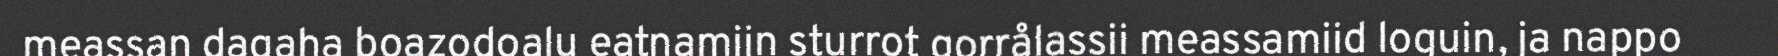
meassan dagaha boazodoalu eatnamiin sturrot gorrålassii meassamiid loguin, ja nappo